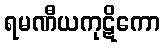
ရမဏီယကုဋိကော